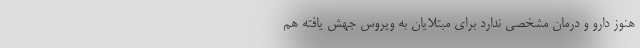
هنوز دارو و درمان مشخصی ندارد برای مبتلایان به ویروس جهش یافته هم